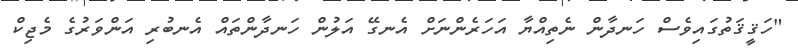
"ހަޤީޤަތުގައިވެސް ހަނދާން ނެތިއްޔާ އަހަރެންނަށް އެނގޭ އަލުން ހަނދާންތައް އެނބުރި އަންވަރުގެ މެޖިކް